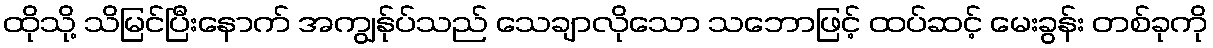
ထိုသို့ သိမြင်ပြီးနောက် အကျွန်ုပ်သည် သေချာလိုသော သဘောဖြင့် ထပ်ဆင့် မေးခွန်း တစ်ခုကို